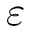
\varepsilon